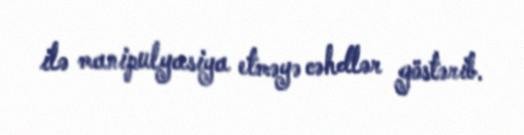
ilə manipulyasiya etməyə cəhdlər göstərib.